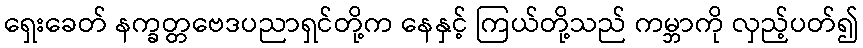
ရှေးခေတ် နက္ခတ္တဗေဒပညာရှင်တို့က နေနှင့် ကြယ်တို့သည် ကမ္ဘာကို လှည့်ပတ်၍